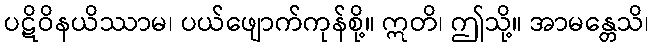
ပဋိဝိနယိဿာမ၊ ပယ်ဖျောက်ကုန်စို့။ ဣတိ၊ ဤသို့။ အာမန္တေသိ၊